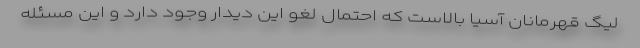
لیگ قهرمانان آسیا بالاست که احتمال لغو این دیدار وجود دارد و این مسئله